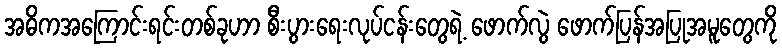
အဓိကအကြောင်းရင်းတစ်ခုဟာ စီးပွားရေးလုပ်ငန်းတွေရဲ့ ဖောက်လွဲ ဖောက်ပြန်အပြုအမူတွေကို